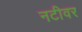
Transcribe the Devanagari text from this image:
नटीवर